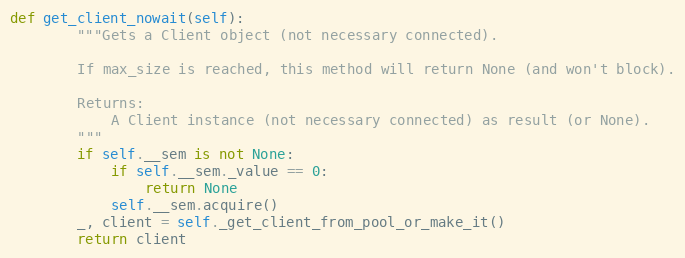
Language: Python
def get_client_nowait(self):
        """Gets a Client object (not necessary connected).

        If max_size is reached, this method will return None (and won't block).

        Returns:
            A Client instance (not necessary connected) as result (or None).
        """
        if self.__sem is not None:
            if self.__sem._value == 0:
                return None
            self.__sem.acquire()
        _, client = self._get_client_from_pool_or_make_it()
        return client